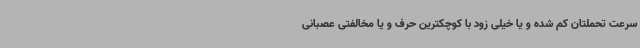
سرعت تحملتان کم شده و یا خیلی زود با کوچکترین حرف و یا مخالفتی عصبانی